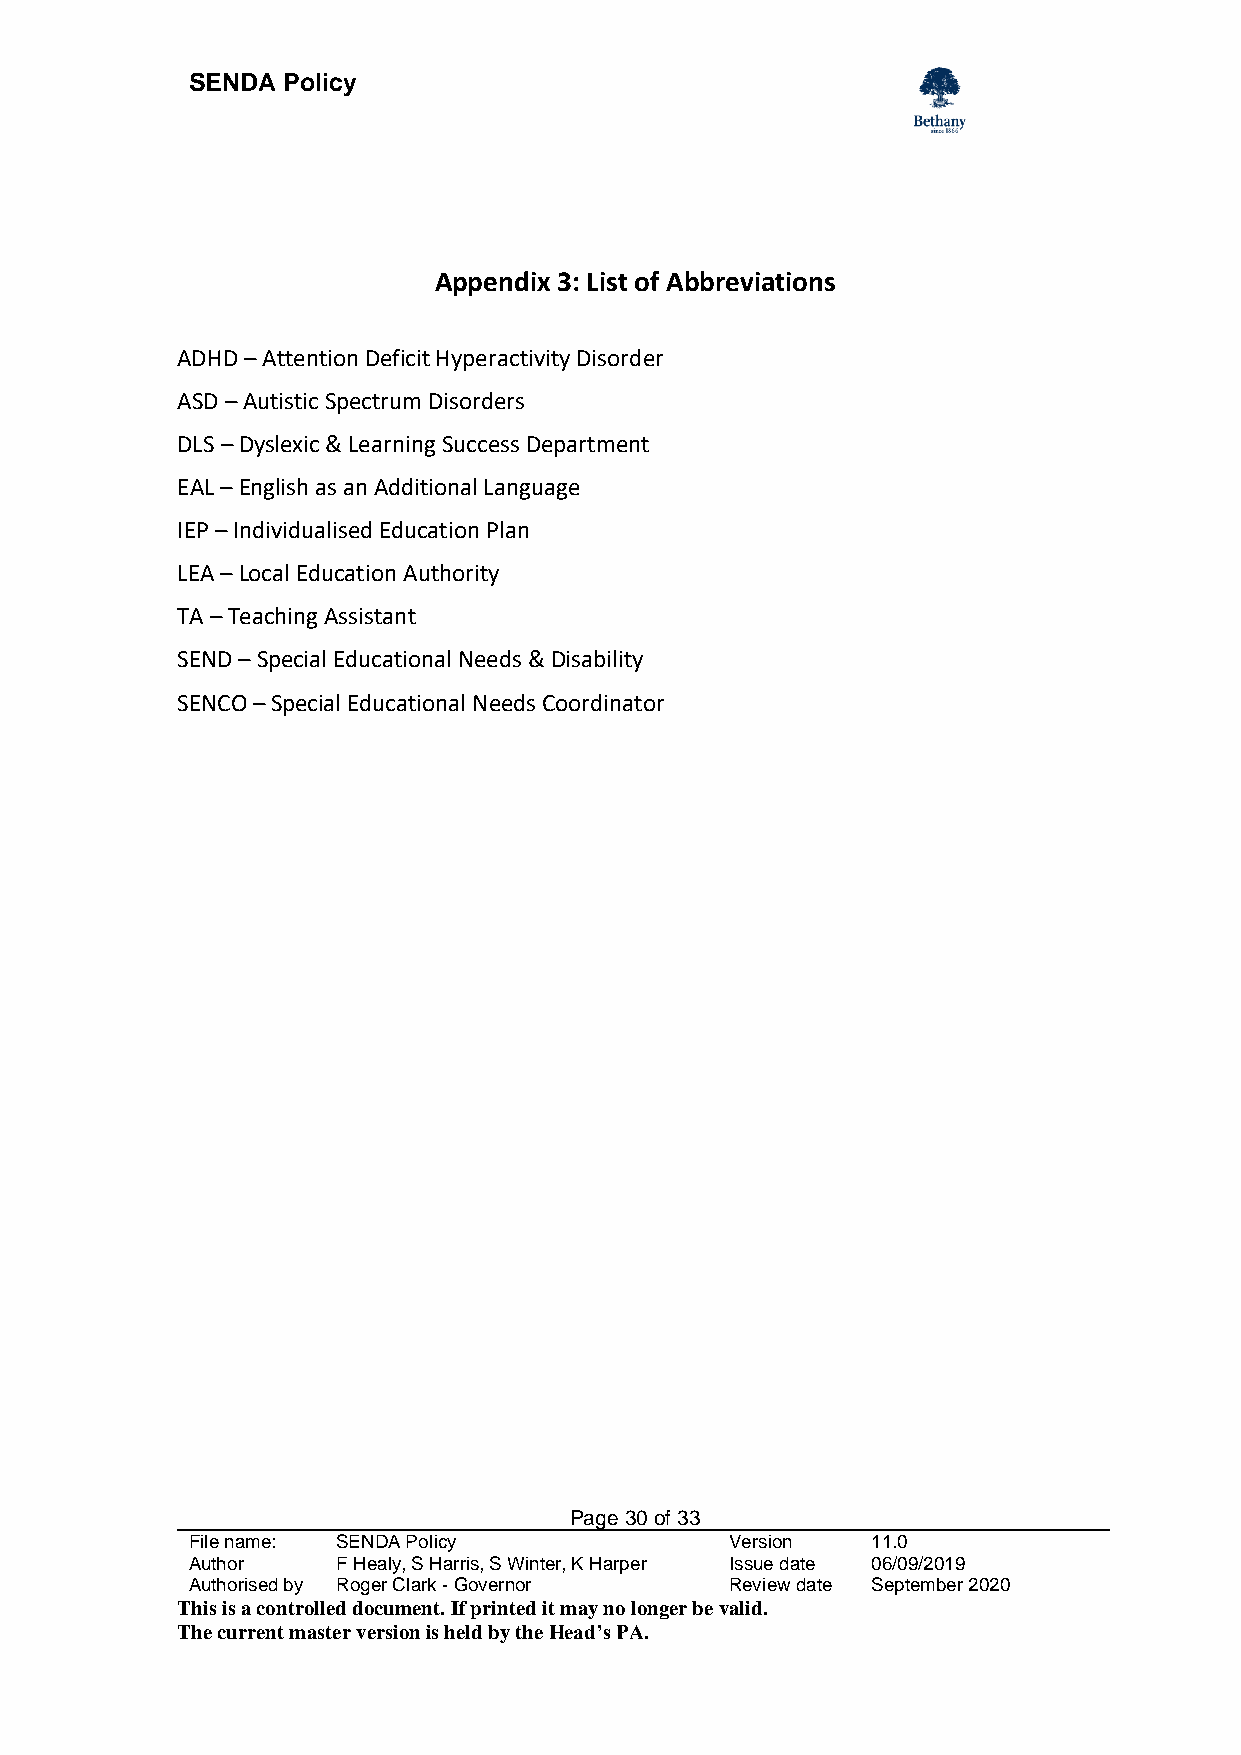
SENDA  Policy
 Appendix 3: List of Abbreviations
 ADHD – Attention Deficit Hyperactivity Disorder
 ASD – Autistic Spectrum Disorders
 DLS – Dyslexic & Learning Success Department
 EAL – English as an Additional Language
 IEP – Individualised Education Plan
 LEA – Local Education Authority
 TA – Teaching Assistant
 SEND – Special Educational Needs & Disability
 SENCO – Special Educational Needs Coordinator
 Page 30 of 33
 File name: SENDA Policy             Version   11.0
 Author    F Healy, S Harris, S Winter, K Harper Issue date 06/09/2019
 Authorised by Roger Clark - Governor Review date September 2020
 This is a controlled document. If printed it may no longer be valid.
 The current master version is held by the Head’s PA.